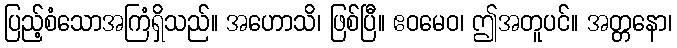
ပြည့်စံသောအကြံရှိသည်။ အဟောသိ၊ ဖြစ်ပြီ။ ဧဝမေဝ၊ ဤအတူပင်။ အတ္တနော၊